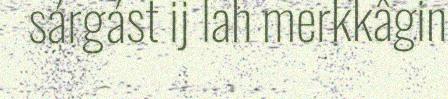
sárgást ij lah merkkâgin